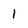
Character: 1